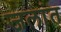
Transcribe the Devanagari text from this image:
जलांत